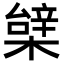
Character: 𣙼